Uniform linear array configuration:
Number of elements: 12
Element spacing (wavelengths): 0.5
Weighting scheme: exponential
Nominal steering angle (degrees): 30
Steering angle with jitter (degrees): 29.413
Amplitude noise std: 0.05
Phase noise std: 0.05

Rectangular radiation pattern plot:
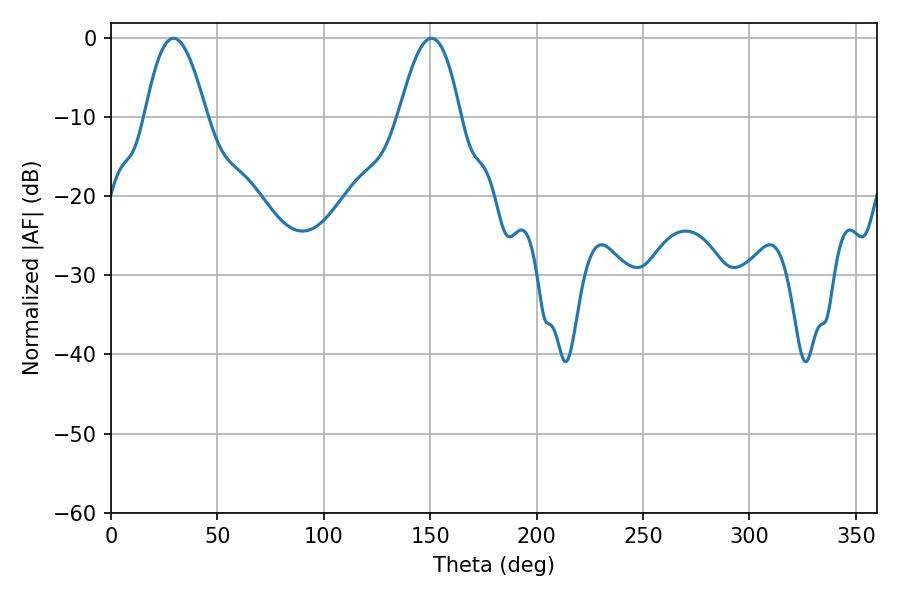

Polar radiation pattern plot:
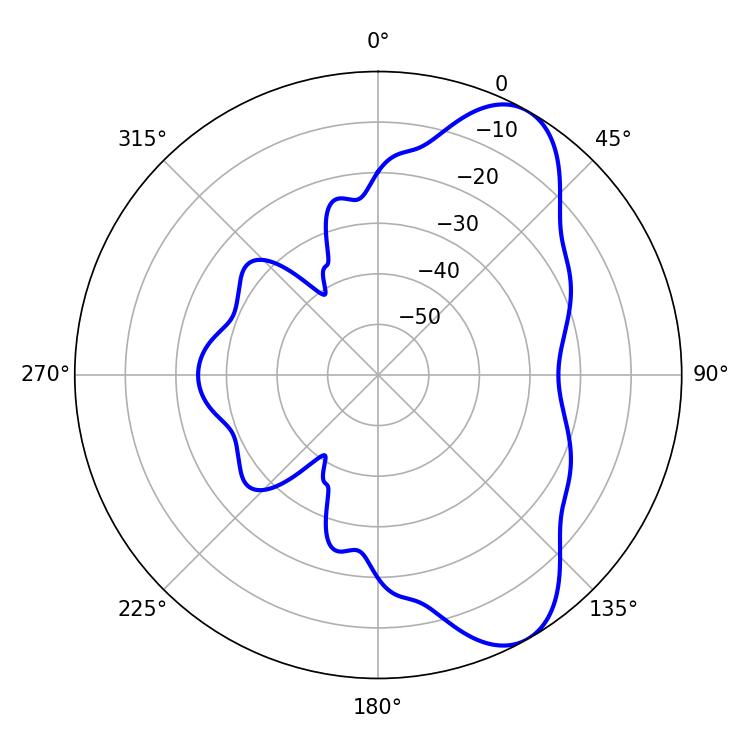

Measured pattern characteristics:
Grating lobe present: FALSE
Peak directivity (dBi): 8.039
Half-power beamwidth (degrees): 15.84
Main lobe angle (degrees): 29.34